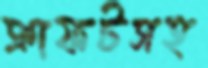
ক্রাফটসহ